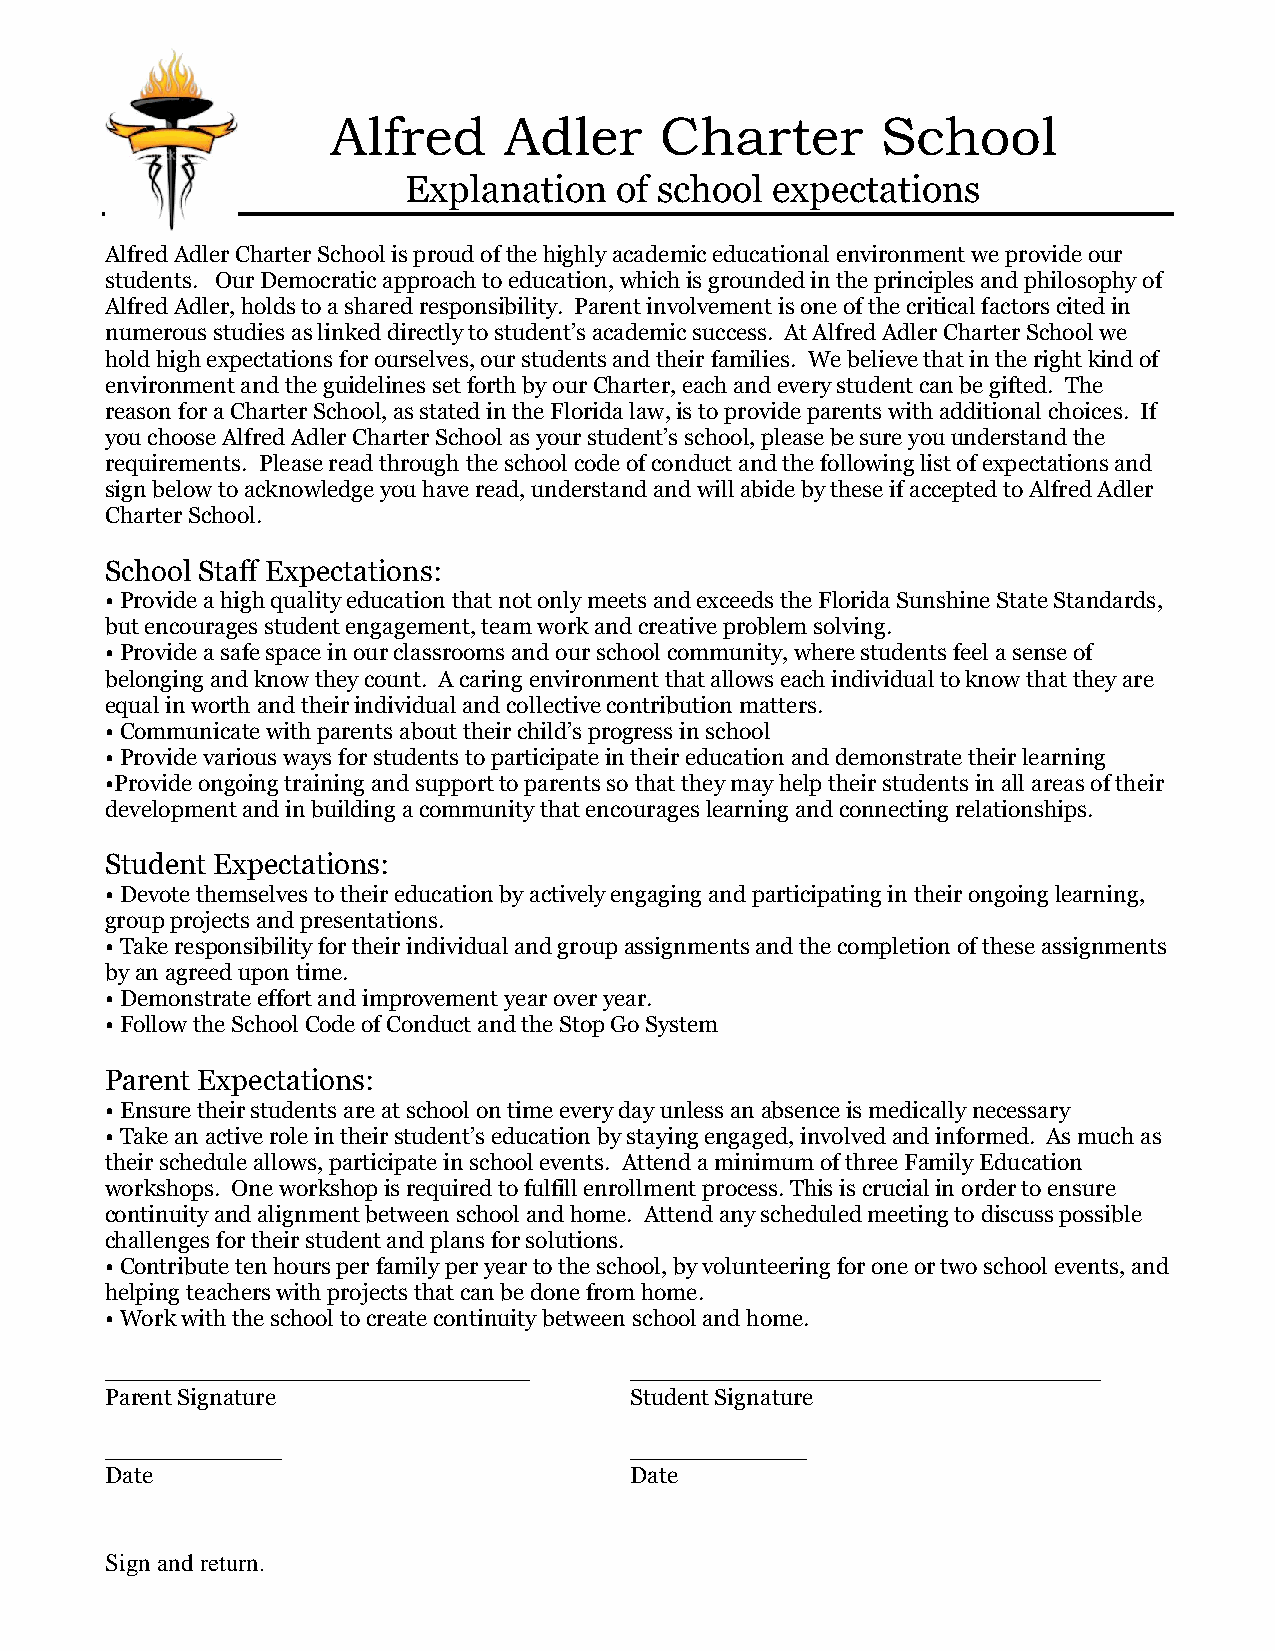
Alfred     Adler      Charter       School
 Explanation   of school expectations
 Alfred Adler Charter School is proud of the highly academic educational environment we provide our
 students. Our Democratic approach to education, which is grounded in the principles and philosophy of
 Alfred Adler, holds to a shared responsibility. Parent involvement is one of the critical factors cited in
 numerous studies as linked directly to student’s academic success. At Alfred Adler Charter School we
 hold high expectations for ourselves, our students and their families. We believe that in the right kind of
 environment and the guidelines set forth by our Charter, each and every student can be gifted. The
 reason for a Charter School, as stated in the Florida law, is to provide parents with additional choices. If
 you choose Alfred Adler Charter School as your student’s school, please be sure you understand the
 requirements. Please read through the school code of conduct and the following list of expectations and
 sign below to acknowledge you have read, understand and will abide by these if accepted to Alfred Adler
 Charter School.
 School Staff Expectations:
 • Provide a high quality education that not only meets and exceeds the Florida Sunshine State Standards,
 but encourages student engagement, team work and creative problem solving.
 • Provide a safe space in our classrooms and our school community, where students feel a sense of
 belonging and know they count. A caring environment that allows each individual to know that they are
 equal in worth and their individual and collective contribution matters.
 • Communicate with parents about their child’s progress in school
 • Provide various ways for students to participate in their education and demonstrate their learning
 •Provide ongoing training and support to parents so that they may help their students in all areas of their
 development and in building a community that encourages learning and connecting relationships.
 Student Expectations:
 • Devote themselves to their education by actively engaging and participating in their ongoing learning,
 group projects and presentations.
 • Take responsibility for their individual and group assignments and the completion of these assignments
 by an agreed upon time.
 • Demonstrate effort and improvement year over year.
 • Follow the School Code of Conduct and the Stop Go System
 Parent Expectations:
 • Ensure their students are at school on time every day unless an absence is medically necessary
 • Take an active role in their student’s education by staying engaged, involved and informed. As much as
 their schedule allows, participate in school events. Attend a minimum of three Family Education
 workshops. One workshop is required to fulfill enrollment process. This is crucial in order to ensure
 continuity and alignment between school and home. Attend any scheduled meeting to discuss possible
 challenges for their student and plans for solutions.
 • Contribute ten hours per family per year to the school, by volunteering for one or two school events, and
 helping teachers with projects that can be done from home.
 • Work with the school to create continuity between school and home.
 _____________________________________ _________________________________________
 Parent Signature                   Student Signature
 ____________                       ____________
 Date                               Date
 Sign and return.